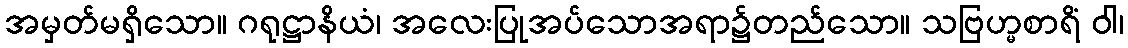
အမှတ်မရှိသော။ ဂရုဋ္ဌာနိယံ၊ အလေးပြုအပ်သောအရာ၌တည်သော။ သဗြဟ္မစာရိံ ဝါ၊